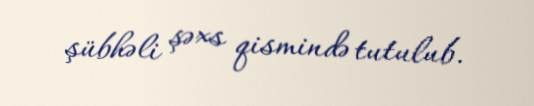
şübhəli şəxs qismində tutulub.